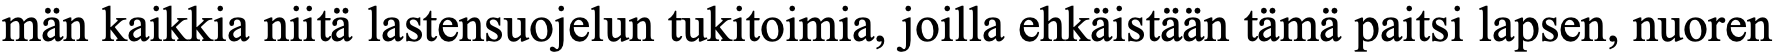
män kaikkia niitä lastensuojelun tukitoimia, joilla ehkäistään tämä paitsi lapsen, nuoren